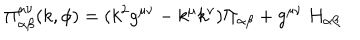
\Pi _ { \alpha \beta } ^ { \mu \nu } ( k , \phi ) = ( k ^ { 2 } g ^ { \mu \nu } - k ^ { \mu } k ^ { \nu } ) \Pi _ { \alpha \beta } + g ^ { \mu \nu } \ H _ { \alpha \beta }